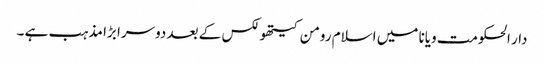
دار الحکومت ویانا میں اسلام رومن کیتھولکس کے بعد دوسرا بڑا مذہب ہے ۔